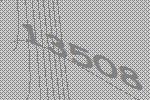
13508